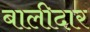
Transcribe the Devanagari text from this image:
बालीदार